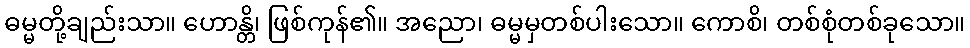
ဓမ္မတို့ချည်းသာ။ ဟောန္တိ၊ ဖြစ်ကုန်၏။ အညော၊ ဓမ္မမှတစ်ပါးသော။ ကောစိ၊ တစ်စုံတစ်ခုသော။